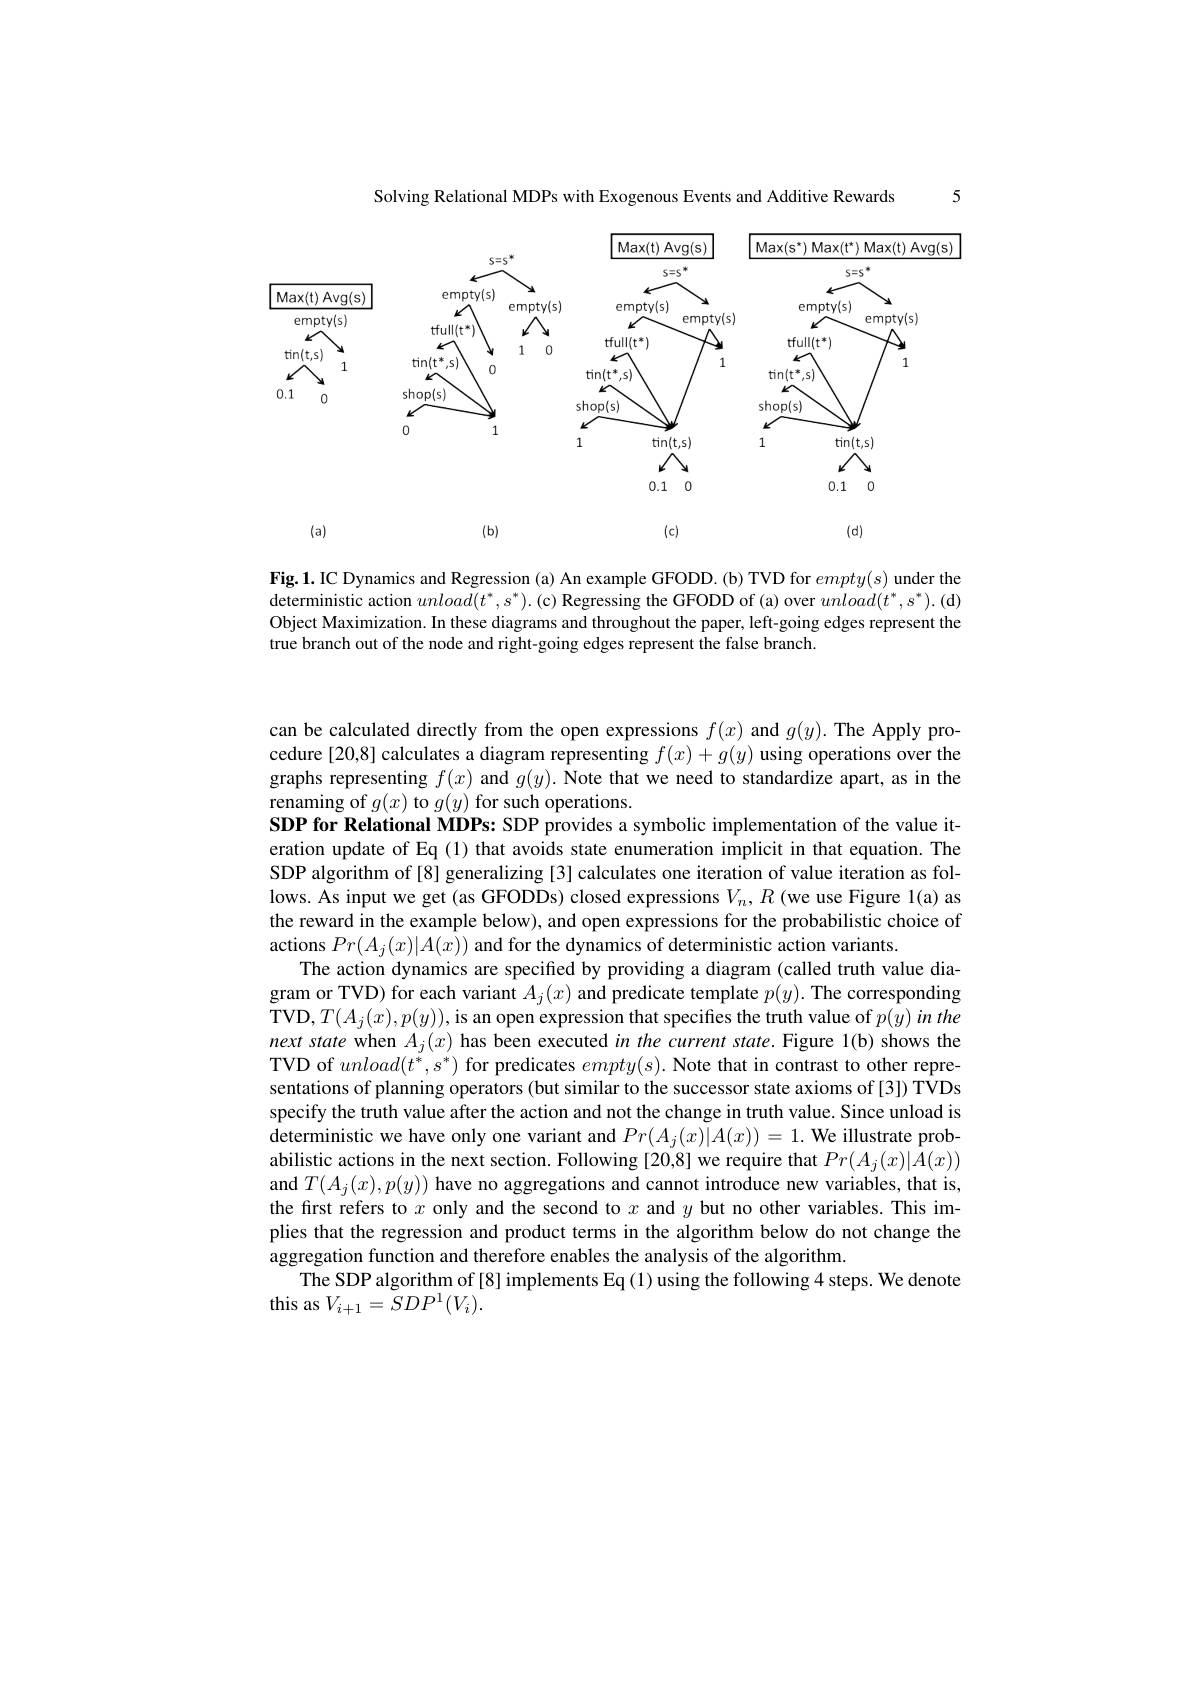
5

Solving Relational MDPs with Exogenous Events and Additive Rewards

<FigureHere>

Fig.1.IC Dynamics and Regression (a) An example GFODD. (b) TVD for $empty(s)$ under the deterministic action $unload(t^*,s^*).$ (c) Regressing the GFODD of (a) over $unload(t^*,s^*).$(d) Object Maximization. In these diagrams and throughout the paper, left-going edges represent the true branch out of the node and right-going edges represent the false branch.

can be calculated directly from the open expressions $f(x)$ and $g(y).$ The Apply procedure[20,8] calculates a diagram representing $f(x)+g(y)$ using operations over the graphs representing $f(x)$ and $g( y) . \textbf{Note that we need to standardize apart, as in the}$ renaming of $g(x)$ to $g(y)$ for such operations.
SDP for Relational MDPs: SDP provides a symbolic implementation of the value iteration update of Eq (1) that avoids state enumeration implicit in that equation. The SDP algorithm of [8] generalizing [3] calculates one iteration of value iteration as follows. As input we get (as GFODDs) closed expressions $V_n,R$ (we use Figure 1(a) as the reward in the example below), and open expressions for the probabilistic choice of actions $Pr(A_j(x)|A(x))$ and for the dynamics of deterministic action variants.
The action dynamics are specified by providing a diagram (called truth value diagram or TVD) for each variant $A_j(x)$ and predicate template $p(y).$ The corresponding TVD,$T(A_j(x),p(y))$,is an open expression that specifies the truth value of $p(y)in$ the nextstate when $A_j(x)$ has been executed in the current state. Figure 1(b) shows the TVD of $unload(t^{*},s^{*})$ for predicates $empty( s) . \textbf{Note that in contrast to other repre- }$ sentations of planning operators (but similar to the successor state axioms of [3]) TVDs specify the truth value after the action and not the change in truth value. Since unload is deterministic we have only one variant and $Pr(A_j(x)|A(x))=1.$ We illustrate probabilistic actions in the next section. Following [20,8] we require that $Pr(A_j(x)|A(x))$ and $T(A_j(x),p(y))$ have no aggregations and cannot introduce new variables, that is, the first refers to $x$ only and the second to $x$ and $y$ but no other variables. This implies that the regression and product terms in the algorithm below do not change the aggregation function and therefore enables the analysis of the algorithm.
The SDP algorithm of [8] implements Eq (1) using the following 4 steps. We denote
this as $V_{i+1}=SDP^{1}(V_{i}).$